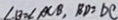
\angle B = \angle A C B , B D = D C